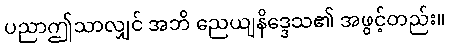
ပညာဤသာလျှင် အဘိ ညေယျနိဒ္ဒေသ၏ အဖွင့်တည်း။